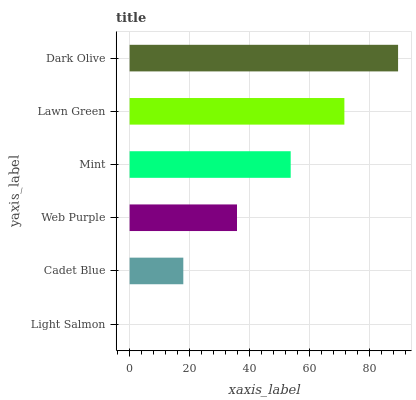
| yaxis_label | bars |
 | --- | --- |
 | Light Salmon | 0 |
 | Cadet Blue | 17.9 |
 | Web Purple | 35.9 |
 | Mint | 53.8 |
 | Lawn Green | 71.7 |
 | Dark Olive | 89.7 |